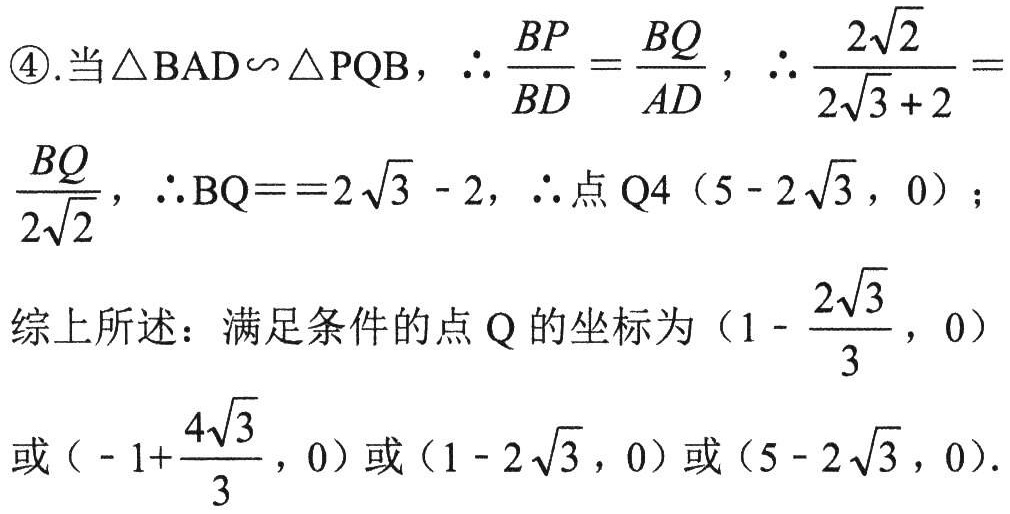
\textcircled{4}.当\(\triangle BAD\sim\triangle PQB\)，\(\therefore\frac{BP}{BD}=\frac{BQ}{AD}\)，\(\therefore\frac{2\sqrt{2}}{2\sqrt{3}+2}=\frac{BQ}{2\sqrt{2}}\)，\(\therefore BQ = 2\sqrt{3}-2\)，\(\therefore\)点\(Q4(5 - 2\sqrt{3},0)\)；

综上所述：满足条件的点\(Q\)的坐标为\((1-\frac{2\sqrt{3}}{3},0)\)或\((-1 + \frac{4\sqrt{3}}{3},0)\)或\((1 - 2\sqrt{3},0)\)或\((5 - 2\sqrt{3},0)\).